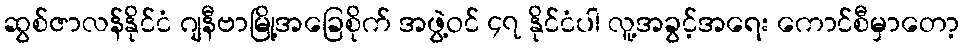
ဆွစ်ဇာလန်နိုင်ငံ ဂျနီဗာမြို့အခြေစိုက် အဖွဲ့ဝင် ၄၇ နိုင်ငံပါ လူ့အခွင့်အရေး ကောင်စီမှာတော့